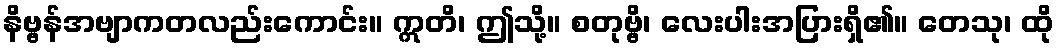
နိဗ္ဗန်အဗျာကတလည်းကောင်း။ ဣတိ၊ ဤသို့။ စတုဗ္ဗိ၊ လေးပါးအပြားရှိ၏။ တေသု၊ ထို